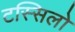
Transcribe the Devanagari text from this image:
टस्सिलो